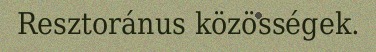
Resztoránus közösségek.